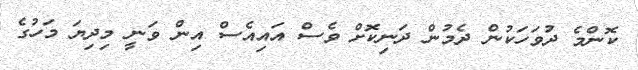
ކޮންމެ ދުވަހަކުން ދެމުން ދަނިކޮށް ވެސް އައިއެސް އިން ވަނީ މިދިޔަ މަހުގެ